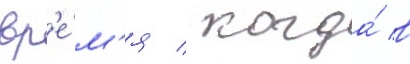
вр'е́м'я / когда́ в